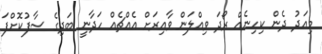
މިއަދު ދެން ކިހިނެއް ރޯދަ ވިއްލަން ވާއިރަށް އެއްޗެއް ހަދާނީ ބަދިގެ ސާފުކޮށްފަ